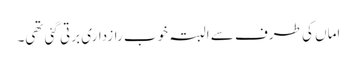
اماں کی طرف سے البتہ خوب رازداری برتی گئی تھی۔